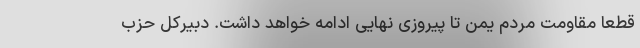
قطعاً مقاومت مردم یمن تا پیروزی نهایی ادامه خواهد داشت. دبیرکل حزب